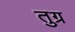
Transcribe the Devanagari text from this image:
तुग्र